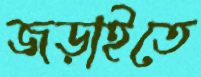
জড়াইতে